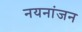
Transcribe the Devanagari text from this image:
नयनांजन